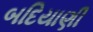
બદિયાણી